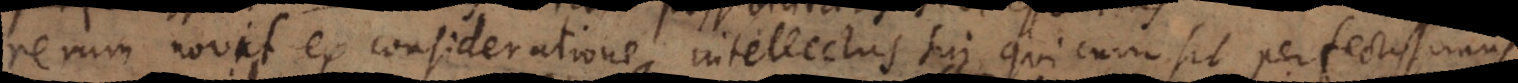
rerum novit ex consideratione intellectus sui, qui cum sit perfectissimus,